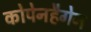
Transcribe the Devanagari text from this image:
कोपेनहैगेन